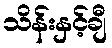
သိန်းနှင့်ချီ